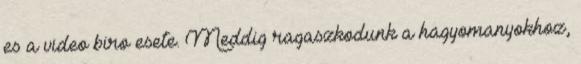
es a video biro esete. Meddig ragaszkodunk a hagyomanyokhoz,